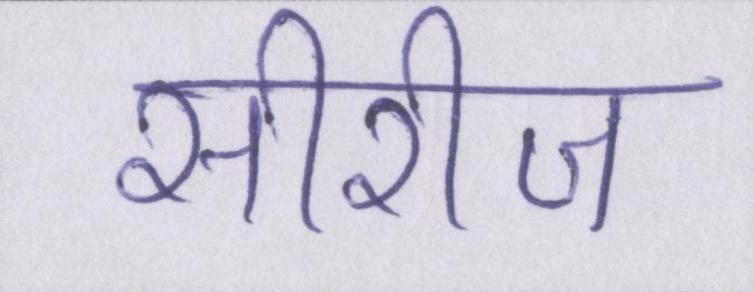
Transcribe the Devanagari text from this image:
सीरीज